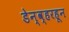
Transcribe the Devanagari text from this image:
डेन्व्हरहून